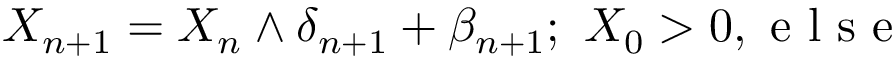
X _ { n + 1 } = X _ { n } \wedge \delta _ { n + 1 } + \beta _ { n + 1 } ; \mathrm { ~ } X _ { 0 } > 0 , \mathrm { ~ e ~ l ~ s ~ e ~ }